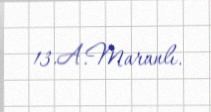
13.A.Maranlı.